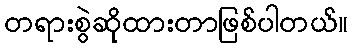
တရားစွဲဆိုထားတာဖြစ်ပါတယ်။